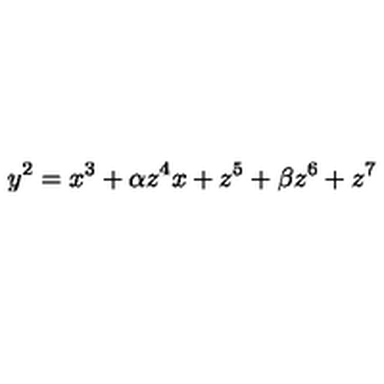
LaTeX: y ^ { 2 } = x ^ { 3 } + \alpha z ^ { 4 } x + z ^ { 5 } + \beta z ^ { 6 } + z ^ { 7 }